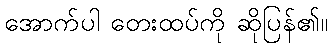
အောက်ပါ တေးထပ်ကို ဆိုပြန်၏။